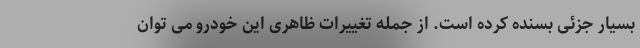
بسیار جزئی بسنده کرده است. از جمله تغییرات ظاهری این خودرو می توان